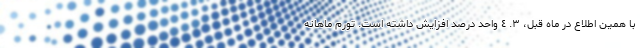
با همین اطلاع در ماه قبل، ٣. ٤ واحد درصد افزایش داشته است. تورم ماهانه